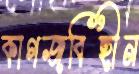
কাগজবিহীন